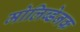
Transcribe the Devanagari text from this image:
मोलिब्डेनक